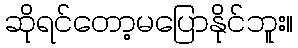
ဆိုရင်တော့မပြောနိုင်ဘူး။